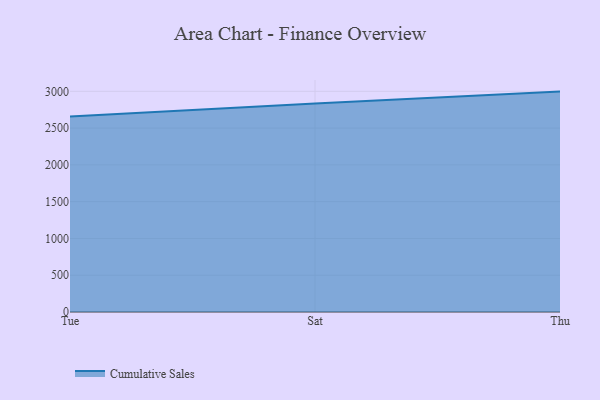
{"axis": {"x": "Day", "y": "Satisfaction Score"}, "legend": ["Cumulative Sales"], "data": [{"x": "Tue", "y": 2658.3, "type": "Cumulative Sales"}, {"x": "Sat", "y": 2835.9, "type": "Cumulative Sales"}, {"x": "Thu", "y": 2996.0, "type": "Cumulative Sales"}]}